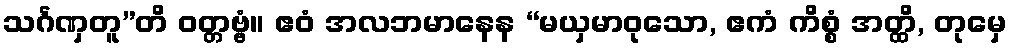
သင်္ဂဏှတူ”တိ ဝတ္တဗ္ဗံ။ ဧဝံ အလဘမာနေန “မယှမာဝုသော, ဧကံ ကိစ္စံ အတ္ထိ, တုမှေ